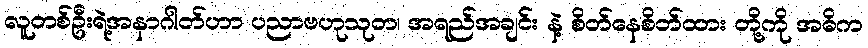
လူတစ်ဦးရဲ့အနာဂါတ်ဟာ ပညာဗဟုသုတ၊ အရည်အချင်း နဲ့ စိတ်နေစိတ်ထား တို့ကို အဓိက